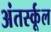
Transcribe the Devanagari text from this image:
अंतर्स्कूल